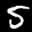
Label: 5